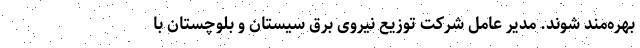
بهره‌مند شوند. مدیر عامل شرکت توزیع نیروی برق سیستان و بلوچستان با